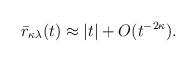
LaTeX: \begin{align*}\bar{r}_{\kappa\lambda}(t) \approx |t| + O(t^{-2\kappa}).\end{align*}